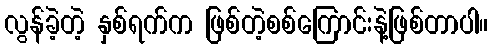
လွန်ခဲ့တဲ့ နှစ်ရက်က ဖြစ်တဲ့စစ်ကြောင်းနဲ့ဖြစ်တာပါ။